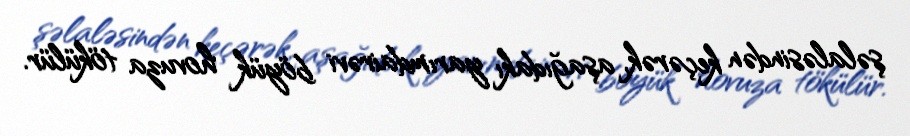
şəlaləsindən keçərək, aşağıdakı yarımdairəvi böyük hovuza tökülür.